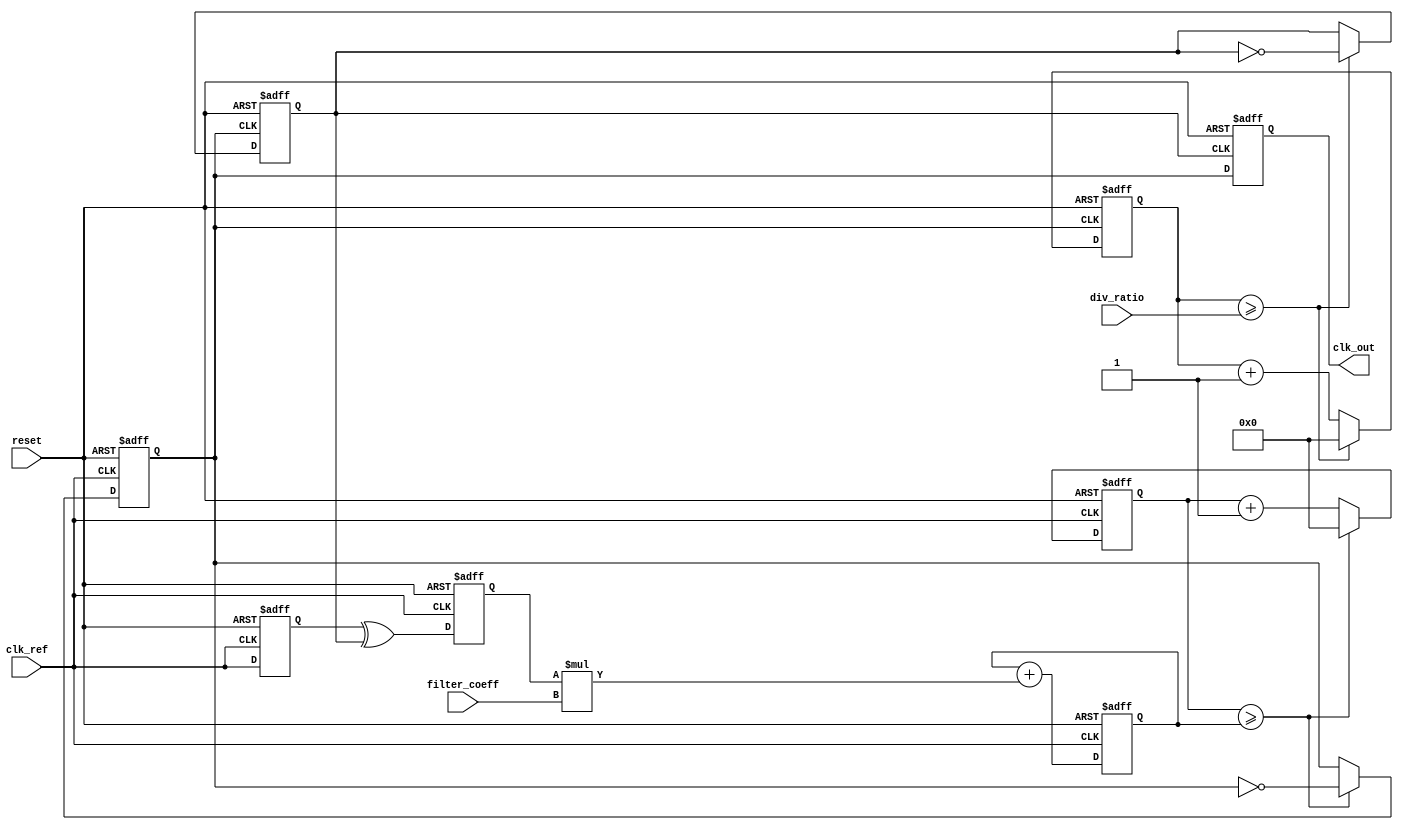
module fractional_PLL (
    input wire clk_ref,          // Reference clock input
    input wire reset,            // Reset signal
    input wire [15:0] div_ratio, // Division ratio configuration
    input wire [15:0] filter_coeff, // Loop filter coefficient
    output reg clk_out           // Output clock
);

// Phase Detector
reg clk_ref_d, clk_fb;         // Delayed reference clock and feedback clock
reg phase_error;               // Phase error signal

always @(posedge clk_ref or posedge reset) begin
    if (reset) begin
        clk_ref_d <= 0;
        phase_error <= 0;
    end else begin
        clk_ref_d <= clk_ref;
        phase_error <= clk_ref_d ^ clk_fb; // Simple XOR for phase error
    end
end

// Loop Filter (Simple Low-Pass Filter)
reg [15:0] filter_output;

always @(posedge clk_ref or posedge reset) begin
    if (reset) begin
        filter_output <= 0;
    end else begin
        filter_output <= filter_output + (phase_error * filter_coeff); // Basic filter
    end
end

// Voltage-Controlled Oscillator (VCO)
reg [15:0] vco_count;          // VCO counter
reg vco_clk;                   // VCO clock output

always @(posedge clk_ref or posedge reset) begin
    if (reset) begin
        vco_count <= 0;
        vco_clk <= 0;
    end else begin
        if (vco_count >= filter_output) begin
            vco_clk <= ~vco_clk; // Toggle VCO output
            vco_count <= 0;
        end else begin
            vco_count <= vco_count + 1;
        end
    end
end

// Frequency Divider
reg [15:0] div_count;          // Divider counter
always @(posedge vco_clk or posedge reset) begin
    if (reset) begin
        div_count <= 0;
        clk_fb <= 0;
    end else begin
        if (div_count >= div_ratio) begin
            clk_fb <= ~clk_fb; // Toggle feedback clock
            div_count <= 0;
        end else begin
            div_count <= div_count + 1;
        end
    end
end

// Output Clock Generation
always @(posedge clk_fb or posedge reset) begin
    if (reset) begin
        clk_out <= 0;
    end else begin
        clk_out <= vco_clk; // Output is the VCO signal
    end
end

endmodule